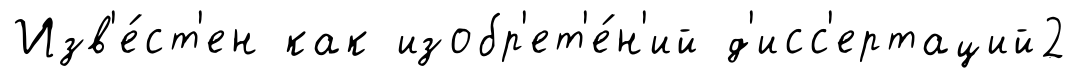
Изв'е́ст'ен как изобр'ет'е́н'ий д'исс'ертаций2